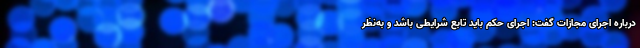
درباره اجرای مجازات گفت: اجرای حکم باید تابع شرایطی باشد و به‌نظر